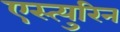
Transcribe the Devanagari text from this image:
एस्त्युरिन